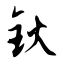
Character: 钬